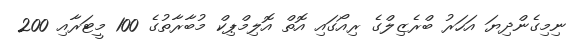
ނިމިގެންދިޔަ އަހަރު ބްރެޒިލްގެ ރިއޯގައި އޮތް އޮލިމްޕިކް މުބާރާތުގެ 100 މީޓަރާއި 200